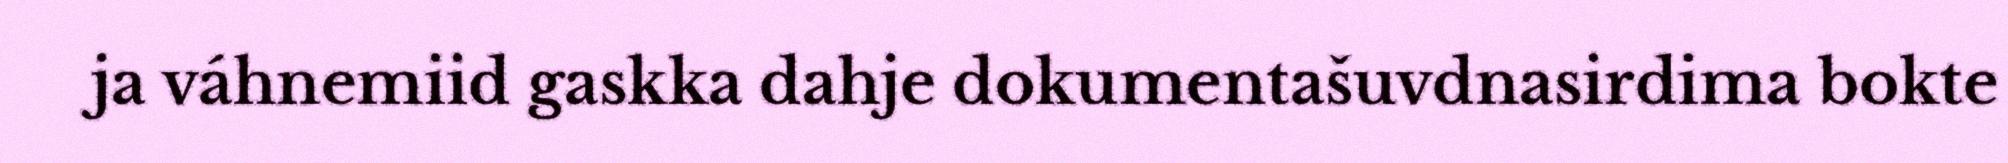
ja váhnemiid gaskka dahje dokumentašuvdnasirdima bokte